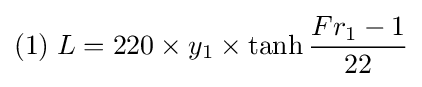
(1)\;L=220\times y_{1}\times \tanh {\frac {Fr_{1}-1}{22}}